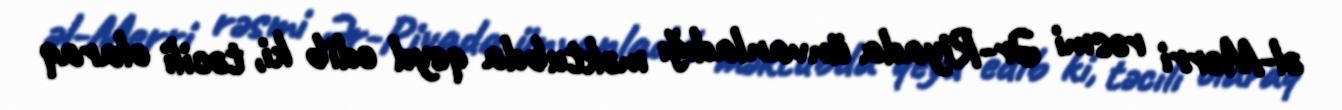
əl-Merri rəsmi Ər-Riyada ünvanladığı məktubda qeyd edib ki, təcili olaraq